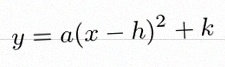
y=a(x-h)^2+k